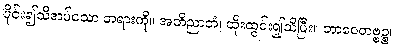
ပိုင်း၍သိအပ်သော တရားကို။ အဘိညာတံ၊ ထိုးထွင်း၍သိပြီး။ ဘာဝေတဗ္ဗဉ္စ၊